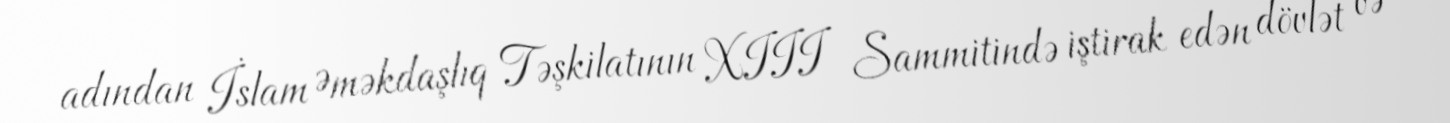
adından İslam Əməkdaşlıq Təşkilatının XIII Sammitində iştirak edən dövlət və